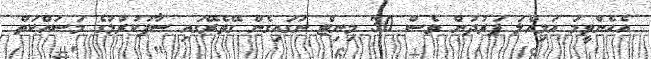
އެހެންވީމަ އަމިއްލަ ފަރުދުން ވެސް 30 މިނިޓް ނަގައިގެން ގޭތެރޭގައި ސާފުކުރުމުގެ މަސައްކަތް